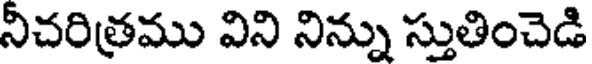
నీచరిత్రము విని నిన్ను స్తుతించెడి